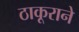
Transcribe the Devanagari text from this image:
ठाकूराने